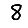
Digit: 8